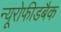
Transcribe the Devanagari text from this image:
न्यूरोफीडबैक